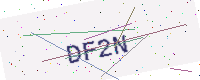
Text: DF2N